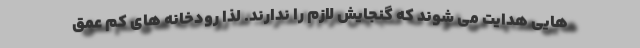
هایی هدایت می شوند که گنجایش لازم را ندارند. لذا رودخانه های کم عمق